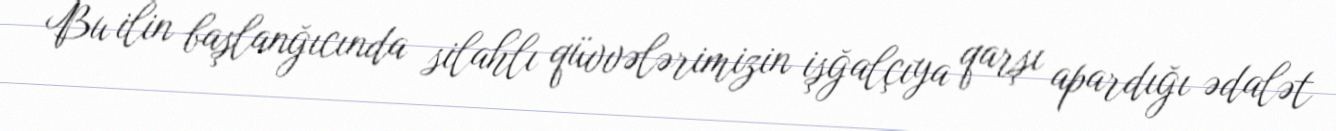
Bu ilin başlanğıcında silahlı qüvvələrimizin işğalçıya qarşı apardığı ədalət